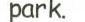
park.